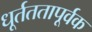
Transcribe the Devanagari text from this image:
धूर्तततापूर्वक